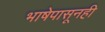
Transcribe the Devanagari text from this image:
भाषेपासूनही